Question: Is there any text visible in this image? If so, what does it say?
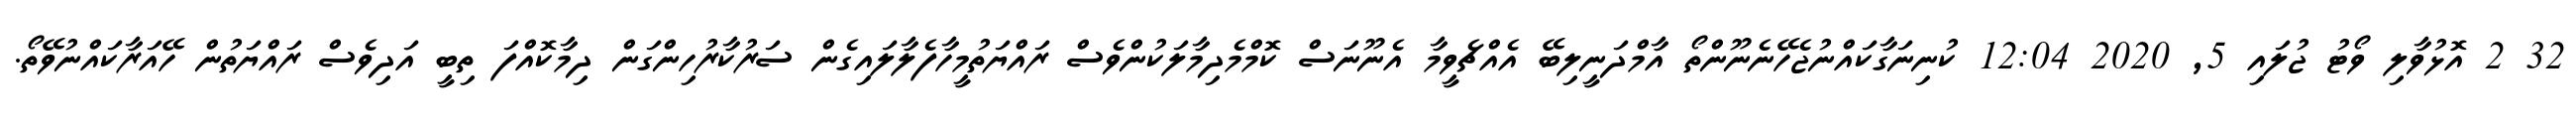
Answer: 32 2 އޮޅުވާލި ވޯޓު ޖުލައި 5, 2020 12:04 ކުނިނަގާކައްނުޖެހޭނެނޫންތޯ އާމްދަނީލިބޭ އެއްޗެވީމާ އެނޫނަސް ކޮމްމެދިމާލަކުންވެސް ރައްޔަތުމީހާފެލާލައިގެން ސަރުކާރުހިންގަން ދިމާކޮއްފަ ތިބީ އަދިވެސް ރައްޔަތުން ހޭއަރާކައްނުވޭތޯ.